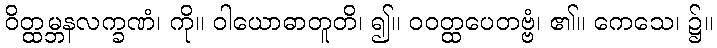
ဝိတ္ထမ္ဘနလက္ခဏံ၊ ကို။ ဝါယောဓာတူတိ၊ ၍။ ဝဝတ္ထပေတဗ္ဗံ၊ ၏။ ကေသေ၊ ၌။